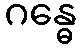
ဂန္ဓေ